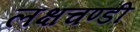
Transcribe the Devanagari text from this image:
लक्षचण्डी